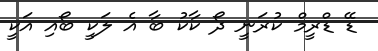
ޑޭ ޑްރީމް ކުރަނީ ދޯ ކާކު ބާ އެ ލަކީ ބޯއި އަކީ